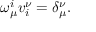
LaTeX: \omega _ { \mu } ^ { i } v _ { i } ^ { \nu } = \delta _ { \mu } ^ { \nu } .